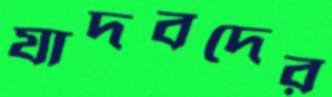
যাদবদের